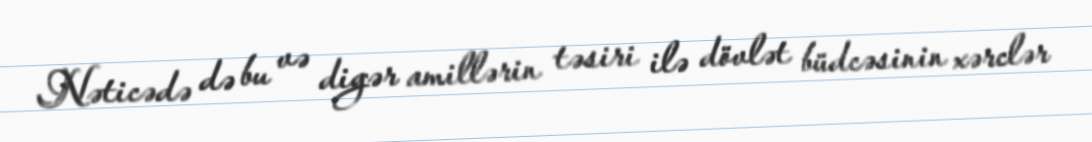
Nəticədə də bu və digər amillərin təsiri ilə dövlət büdcəsinin xərclər